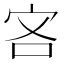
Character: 𫲾